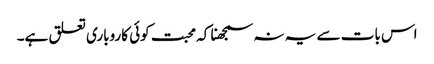
اس بات سے یہ نہ سمجھنا کہ محبت کوئی کاروباری تعلق ہے۔